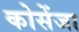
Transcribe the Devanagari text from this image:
कोसेंजा